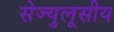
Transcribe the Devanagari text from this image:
सेज्युलूसीय